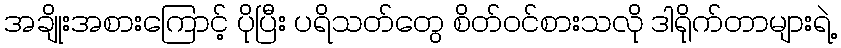
အချိုးအစားကြောင့် ပိုပြီး ပရိသတ်တွေ စိတ်ဝင်စားသလို ဒါရိုက်တာများရဲ့